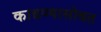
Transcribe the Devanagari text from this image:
काढण्यासोबत